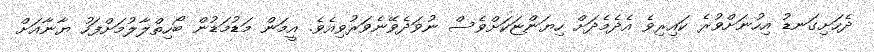
ދެހަށިގަނޑު އިހުނަށްވުރެ ކައިރިވެ އެދެމެދަށް ހިޔަންޏަކަށްވެސް ނުވަދެވޭނެވަރުވިއެވެ. އީމަން މަޑުމަޑުން ބޯހިތްލާލުމަށްފަހު ޔާނާއަށް